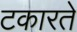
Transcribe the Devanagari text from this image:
टकारते